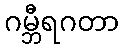
ဂမ္ဘီရဂတာ